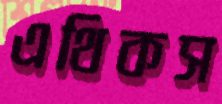
এথিকস